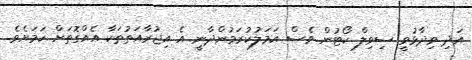
އަދި ވިދާޅުވީ ސިވިލް ކޯޓުން ވެސް އަމަލުކުރަމުންދާނީ އެ އިޖުރާއަތުތަކާ އެއްގޮތަށް ކަމަށެވެ.